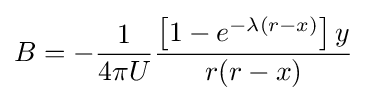
B=-{\frac {1}{4\pi U}}{\frac {\left[1-e^{-\lambda (r-x)}\right]y}{r(r-x)}}